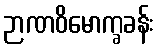
ဉာဏဝိမောက္ခခန်း